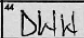
Transcription: DWW